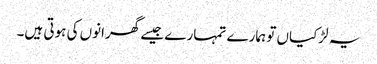
یہ لڑکیاں تو ہمارے تمہارے جیسے گھرانوں کی ہوتی ہیں۔